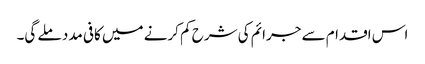
اس اقدام سے جرائم کی شرح کم کرنے میں کافی مدد ملے گی۔